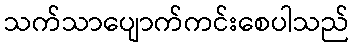
သက်သာပျောက်ကင်းစေပါသည်